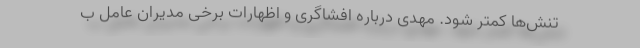
تنش‌ها کمتر شود. مهدی درباره افشاگری و اظهارات برخی مدیران عامل ب